65_HS1-834228961_62-HQ-83894_Section_4
Agency: FBI
Page 192
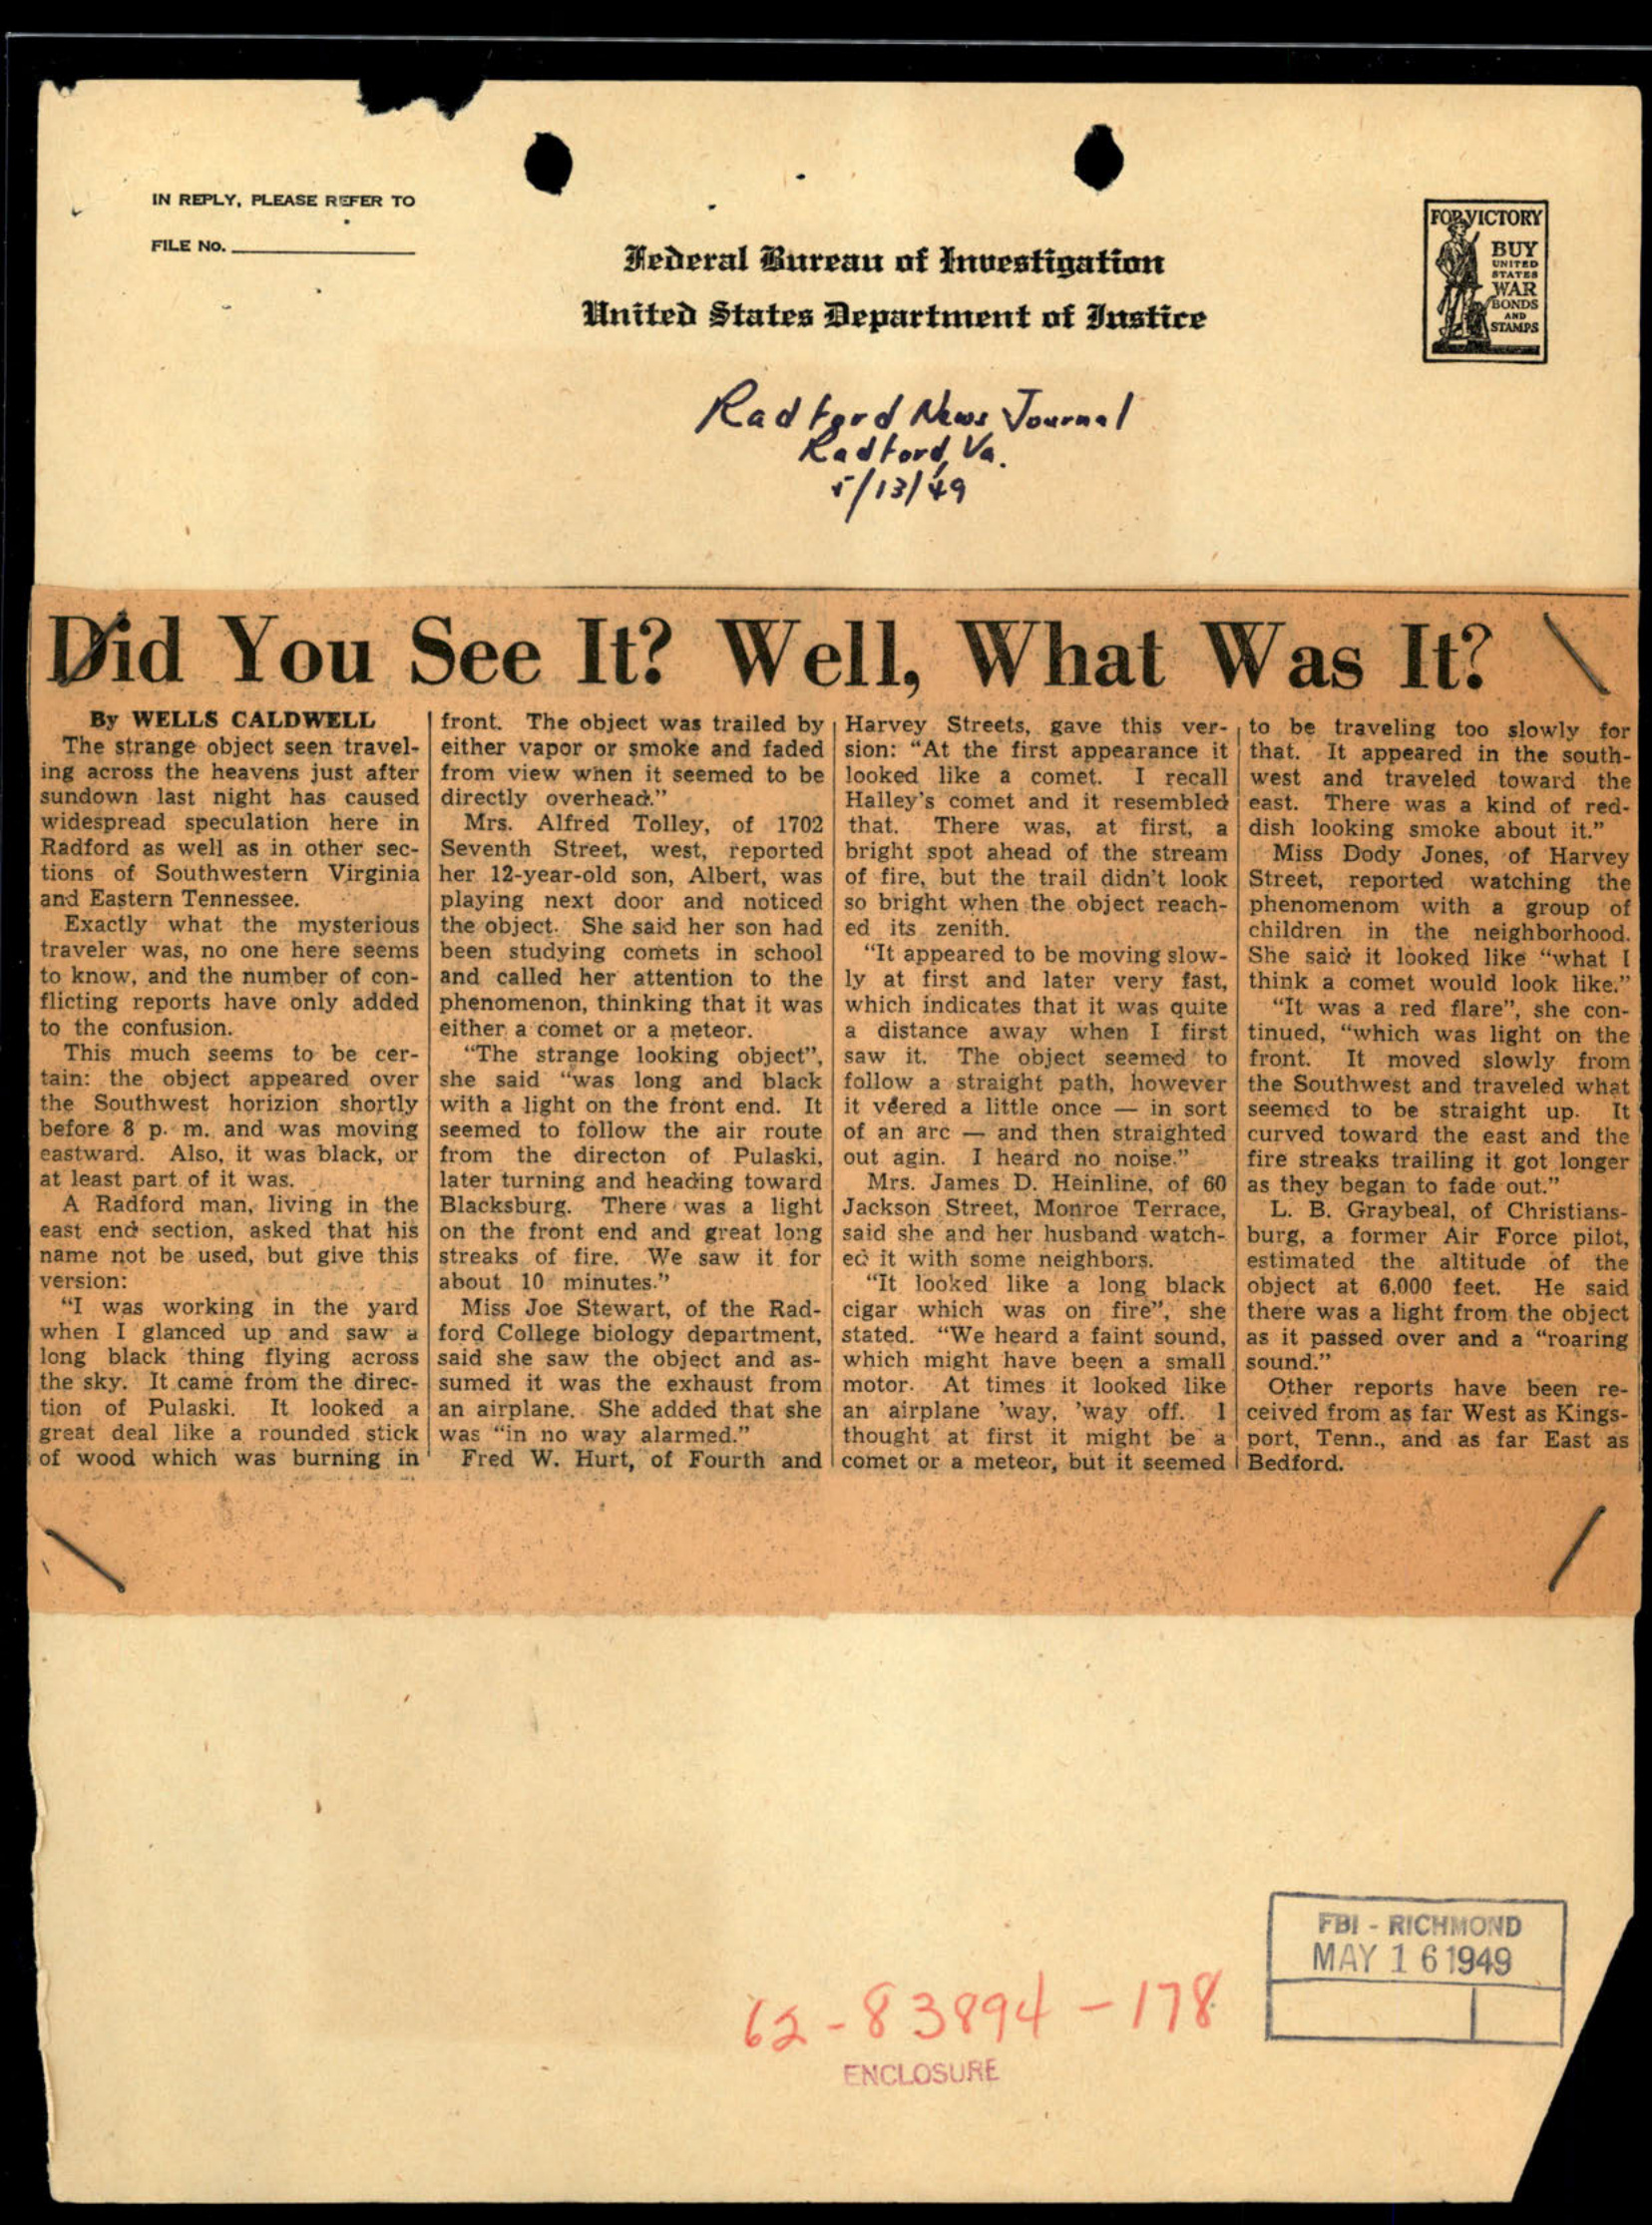